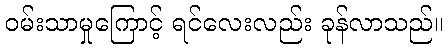
ဝမ်းသာမှုကြောင့် ရင်လေးလည်း ခုန်လာသည်။